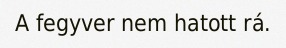
A fegyver nem hatott rá.